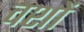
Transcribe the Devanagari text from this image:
वशों